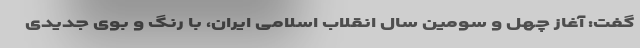
گفت: آغاز چهل و سومین سال انقلاب اسلامی ایران، با رنگ و بوی جدیدی